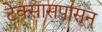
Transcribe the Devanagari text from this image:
टेक्सासपासून